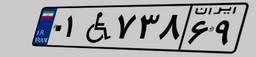
۰۱W۷۳۸۶۹